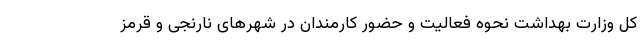
کل وزارت بهداشت نحوه فعالیت و حضور کارمندان در شهرهای نارنجی و قرمز